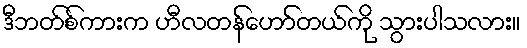
ဒီဘတ်စ်ကားက ဟီလတန်ဟော်တယ်ကို သွားပါသလား။